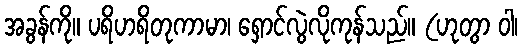
အခွန်ကို။ ပရိဟရိတုကာမာ၊ ရှောင်လွဲလိုကုန်သည်။ (ဟုတွာ ဝါ၊